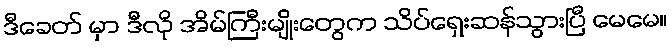
ဒီခေတ် မှာ ဒီလို အိမ်ကြီးမျိုးတွေက သိပ်ရှေးဆန်သွားပြီ မေမေ။